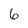
Character: 6